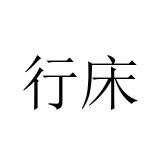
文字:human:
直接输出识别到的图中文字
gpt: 行床